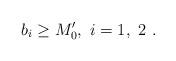
LaTeX: \begin{align*}b_i \geq M_0',\ i=1,\ 2\ .\end{align*}